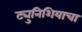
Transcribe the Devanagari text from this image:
ट्युनिशियाचा